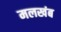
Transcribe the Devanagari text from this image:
मलखंब